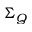
\Sigma _ { Q }